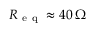
R _ { \mathrm { ~ e ~ q ~ } } \approx 4 0 \, \Omega